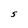
Character: S